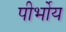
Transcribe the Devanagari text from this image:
पीर्भोय